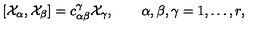
[ { \cal X } _ { \alpha } , { \cal X } _ { \beta } ] = c _ { \alpha \beta } ^ { \gamma } { \cal X } _ { \gamma } , \qquad \alpha , \beta , \gamma = 1 , \ldots , r ,